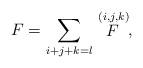
LaTeX: \begin{align*}F=\sum\limits_{i+j+k=l}\stackrel{(i,j,k)}{F}, \end{align*}